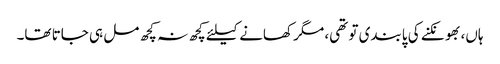
ہاں، بھونکنے کی پابندی تو تھی، مگر کھانے کیلئے کچھ نہ کچھ مل ہی جاتا تھا۔